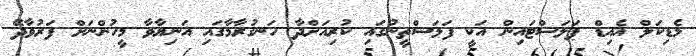
މެޑިކަލް އެއިޑް ޕަލަސްޓައިން އަކީ ފަލަސްތީނުގައި ކުރިއަށްދާ ހަނގުރާމާގައި އަނިޔާވާ މީހުންނަށް ފަރުވާދޭ